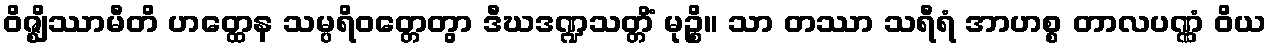
ဝိဇ္ဈိဿာမီတိ ဟတ္ထေန သမ္ပရိဝတ္တေတွာ ဒီဃဒဏ္ဍသတ္တိံ မုဉ္စိ။ သာ တဿာ သရီရံ အာဟစ္စ တာလပဏ္ဏံ ဝိယ